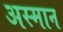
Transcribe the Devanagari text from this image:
अस्मान